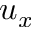
u _ { x }